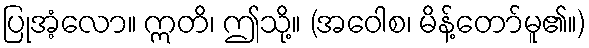
ပြုအံ့လော။ ဣတိ၊ ဤသို့။ (အဝေါစ၊ မိန့်တော်မူ၏။)